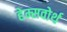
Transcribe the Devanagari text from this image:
हेम्सवोर्थ